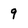
Character: 9